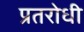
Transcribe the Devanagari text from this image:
प्रतरोधी